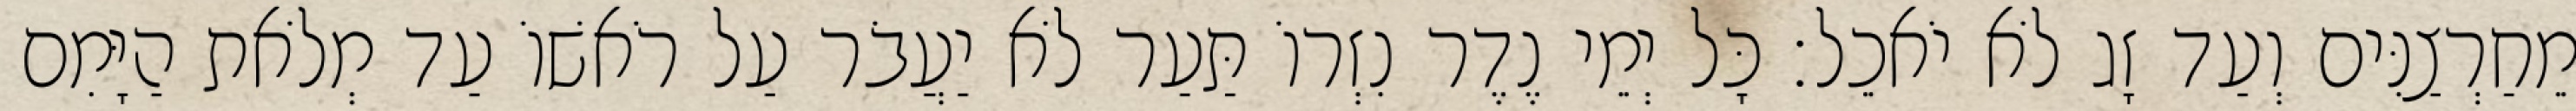
מֵחַרְצַנִּים וְעַד זָג לֹא יֹאכֵל׃ כָּל יְמֵי נֶדֶר נִזְרוֹ תַּעַר לֹא יַעֲבֹר עַל רֹאשׁוֹ עַד מְלֹאת הַיָּמִם